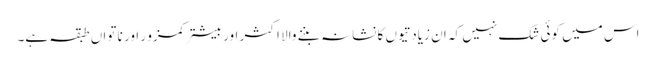
اس میں کوئی شک نہیں کہ ان زیادتیوں کا نشانہ بننے والا اکثر اور بیشتر کمزو ر اور نا تواں طبقہ ہے۔